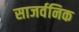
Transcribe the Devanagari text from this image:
साजर्वनिक